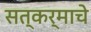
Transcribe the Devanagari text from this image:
सत्कर्माचे